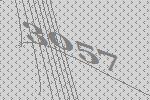
3057